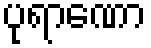
ပုရာဏော